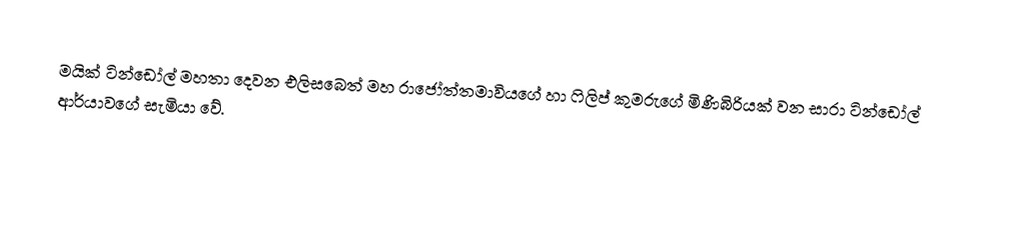
මයික් ටින්ඩෝල් මහතා දෙවන එලිසබෙත් මහ රාජෝත්තමාවියගේ හා ෆිලිප් කුමරුගේ මිණිබිරියක් වන සාරා ටින්ඩෝල් ආර්යාවගේ සැමියා වේ.